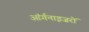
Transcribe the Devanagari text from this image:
ऑर्गनाइज़रों